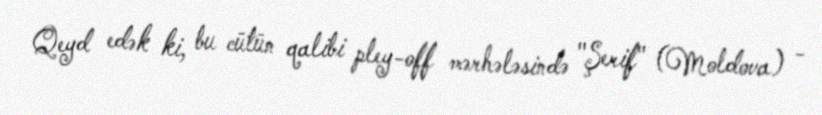
Qeyd edək ki, bu cütün qalibi pley-off mərhələsində "Şerif" (Moldova) -